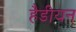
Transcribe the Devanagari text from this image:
हैडीयन